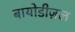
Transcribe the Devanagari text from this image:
बायोडीज़ल